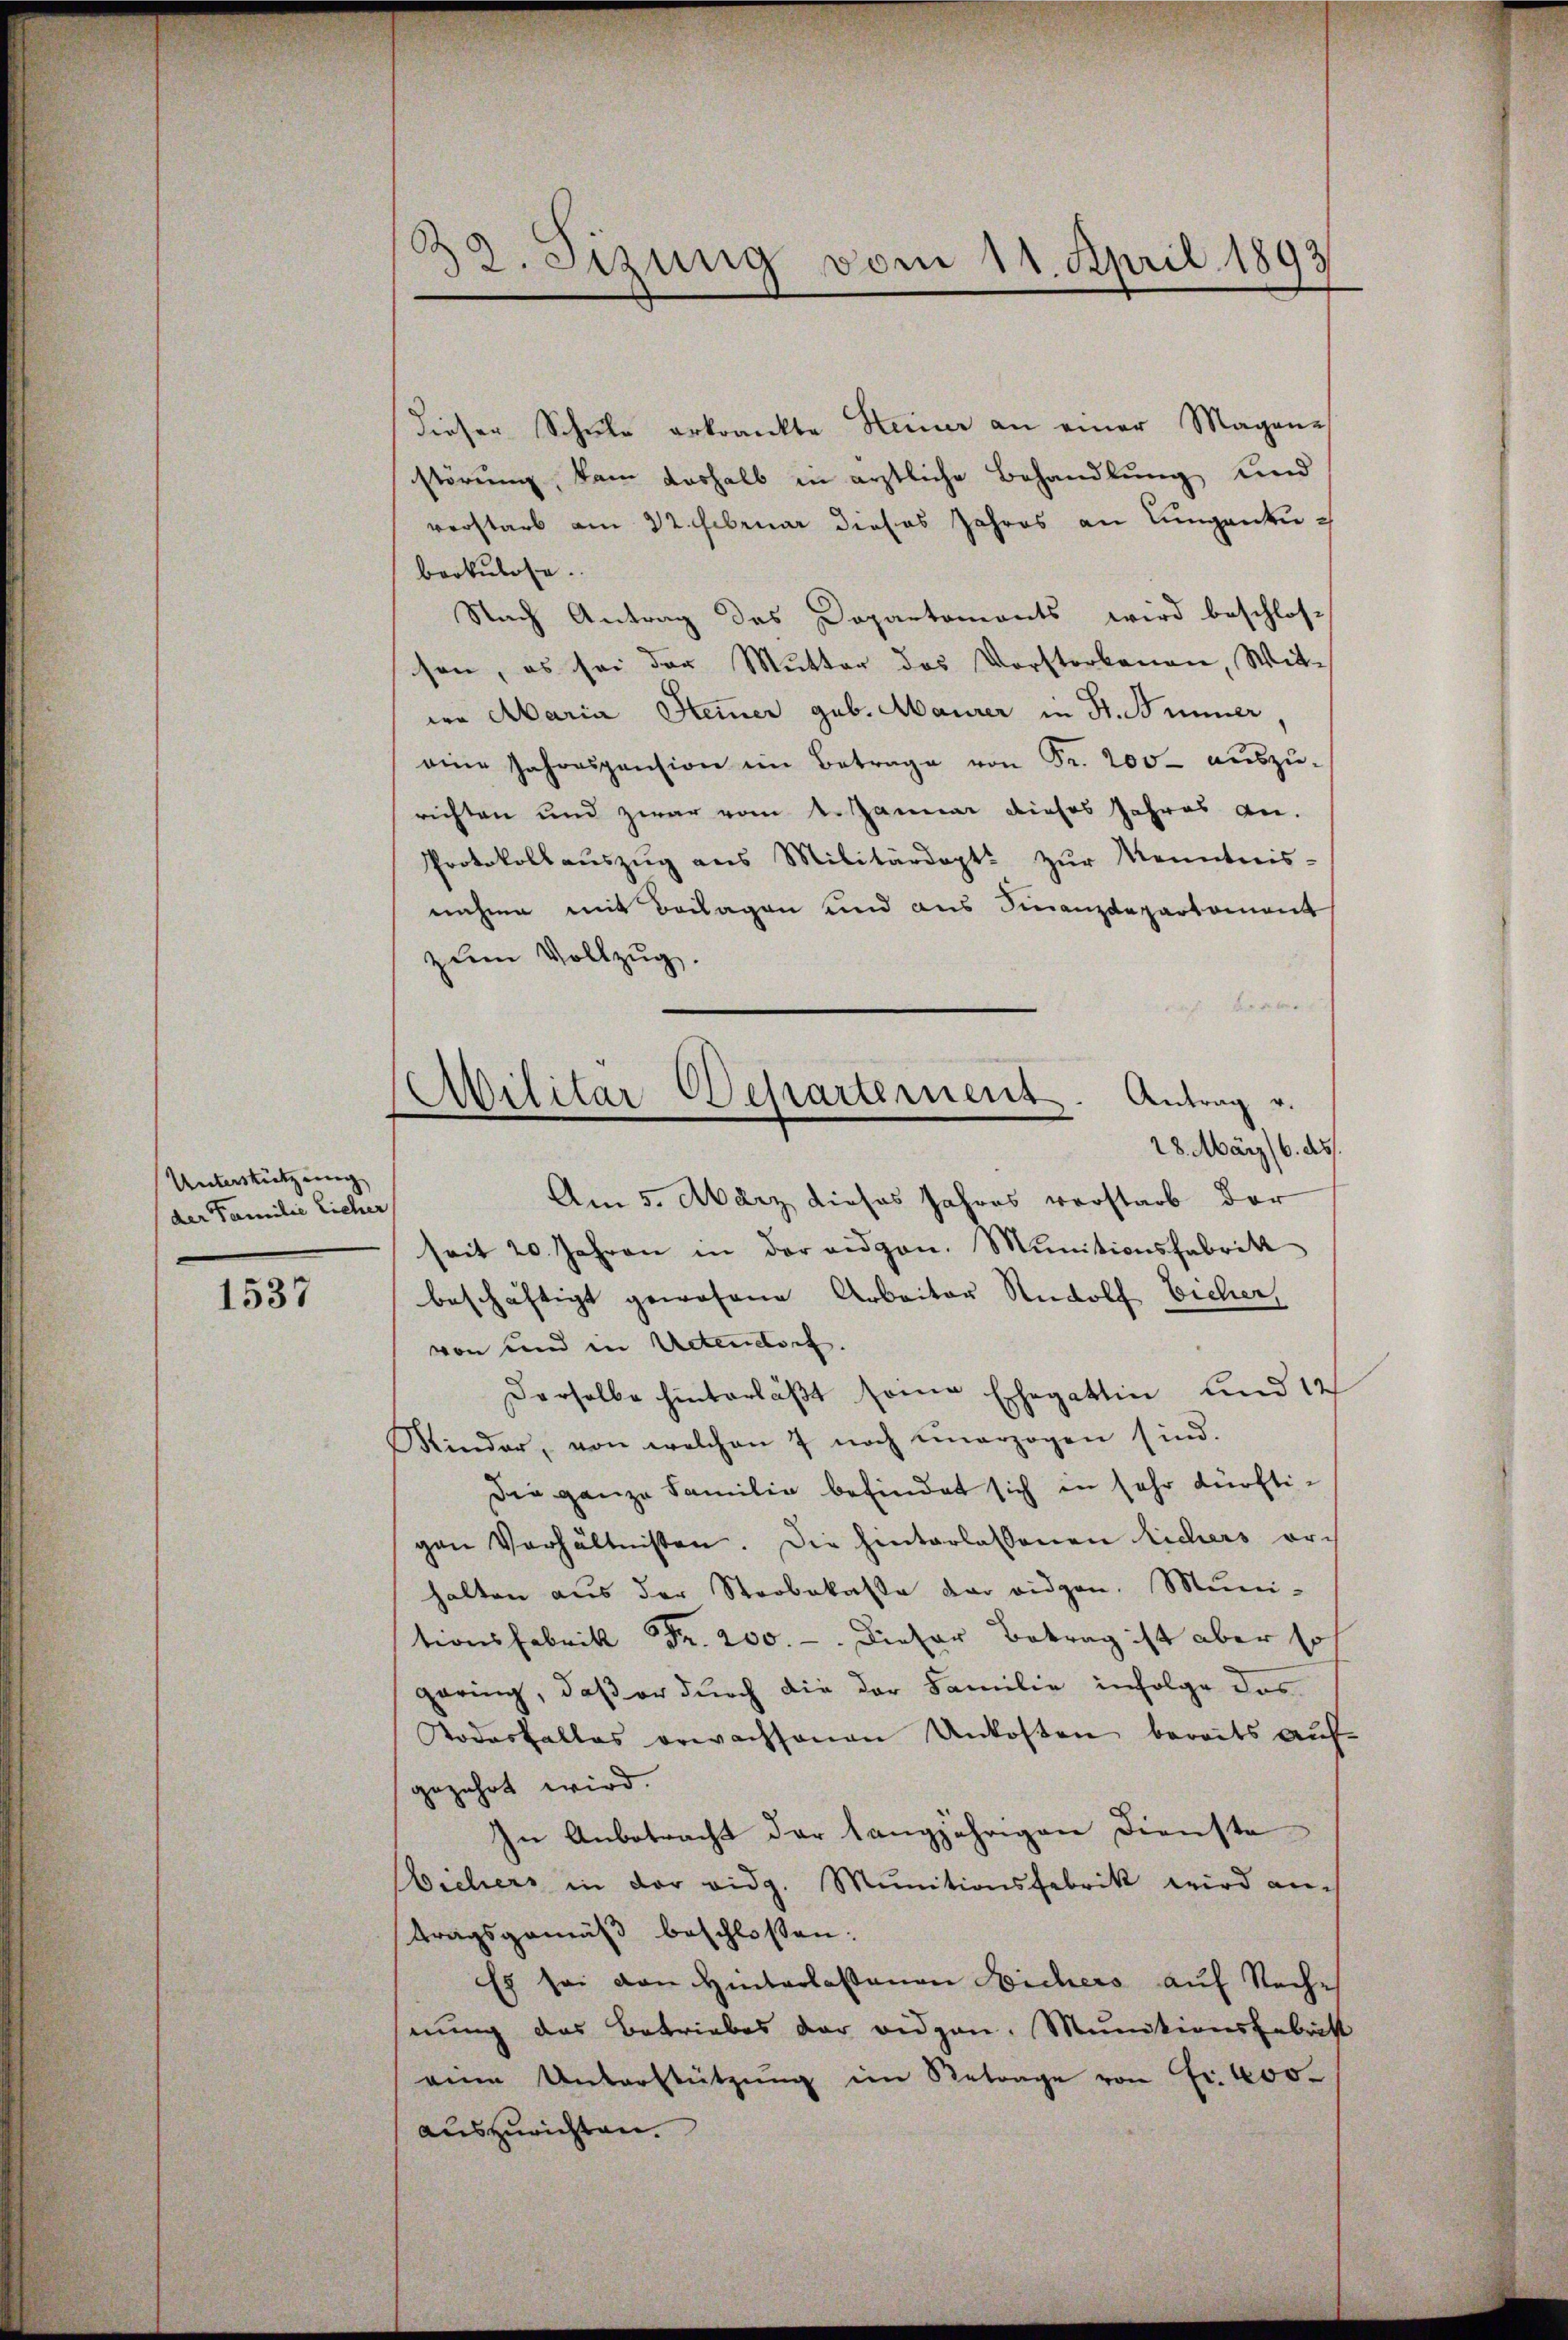
Unterstützung
der Familie Lieher

1537

28. Sizung vom 11. April 1893

dieser Schule erkrankte Steiner an einer Magene
störung, kam deshalb in ärztliche Behandlung und
verstarb am 22. Februar dieses Jahres an Lungentubrokulose.
Nach Antrag des Departements wird beschlos-
sen, es sei der Mutter das Vorstorbenen, Witwa Maria Hemer geb. Maurer in St. Binner,
eine Jahrespension im Betrage von Fr. 200 auszu-
richten und zwar vom 4. Januar dieses Jahres an.
Protokollaŭszŭg ans Militärdept. zŭr Kenntnis-
nahme mit Beilagen und aus Finanzdepartement
zum Vollzug.
 f 0 x
Am 5. März dieses Jahres verstarb der
seit 20. Jahren in der eidgen. Munitionsfabrik
beschäftigt gewesene Arbeiter Rudolf Eicher
von und in Actendorf.
Derselbe hinterläβt seine Ehegattin und 12
Kinder, von welchen 7 noch unerzogen sind.
Die ganze Familie befindet sich in sehr dürftigen Verhältnissen. Die hinterlassenen Richers orhalten aus der Strobekasse der eidgen. Muni-
tionsfabrik Fr. 200. - Dieser Betrag ist aber so
gering, daß er durch die der Familie infolge das
Todesfalles erwachsenen Unkosten bereits auf-
gezehrt wird.
In Anbetracht der langjährigen Dienste
Wichers in der eidg. Munitionsfabrik wird am
tragsgemäß beschlossen:
Es sei von Hinterlassenen Sichers auf Rechnung das Betriebes der Bidgen. Munitionsfabrist
aine Unterstützŭng im Betrage von Fr. 400.
auszurichten.

Ailitär Departement. Antrag v.
28. März (6. ds.